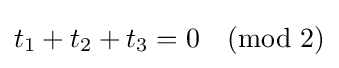
t_{1}+t_{2}+t_{3}=0{\pmod {2}}